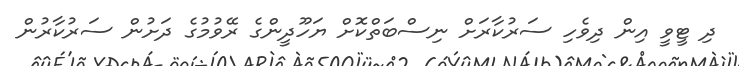
ދި ޓީވީ އިން ދިވެހި ސަރުކާރަށް ނިސްބަތްކޮށް ޔަހޫދީންގެ ރޭވުމުގެ ދަށުން ސަރުކާރުން